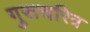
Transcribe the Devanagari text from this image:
गुरूचरित्र